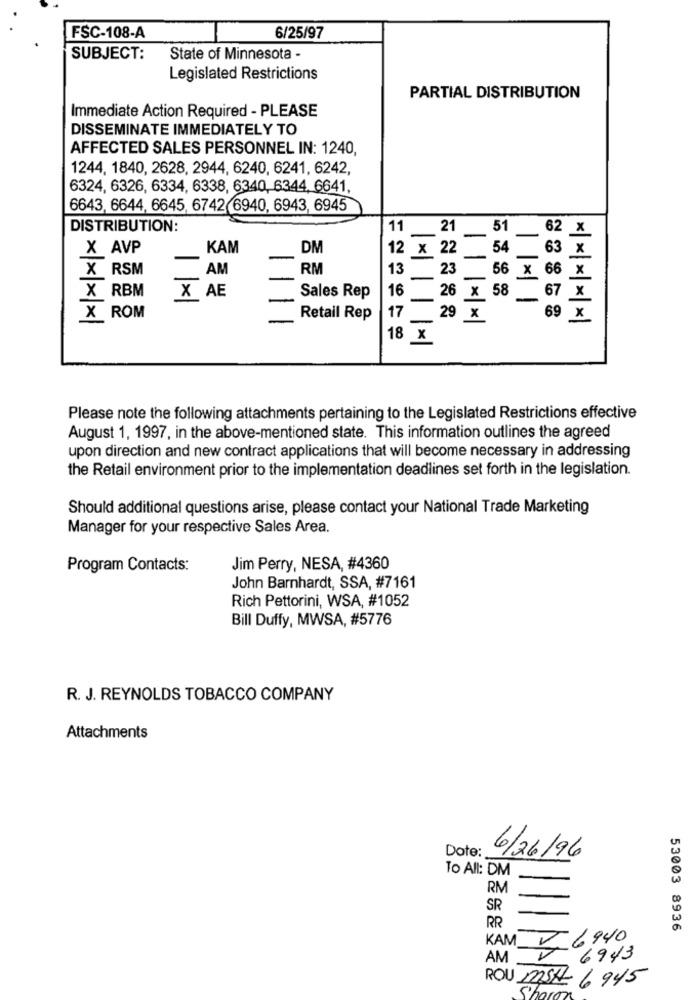
FSC-108-A
6/25/97
SUBJECT:
State of Minnesota -
Legislated Restrictions
PARTIAL DISTRIBUTION
Immediate Action Required - PLEASE
DISSEMINATE IMMEDIATELY TO
AFFECTED SALES PERSONNEL IN: 1240,
1244, 1840, 2628, 2944, 6240, 6241, 6242,
6324, 6326, 6334, 6338, 6340, 6344, 6641,
6643, 6644, 6645, 6742 6940, 6943, 6945
DISTRIBUTION:
11
21
51
62 x
-
X AVP
KAM
DM
12
x 22
54
63
-
X RSM
AM
RM
13
23
66
x
56 x
X AB
16
58
67
X RBM
Sales Rep
26 x
||×1 1
X
17
69
X ROM
Retail Rep
-
29 x
x
* ** |×|*
18
X
Please note the following attachments pertaining to the Legislated Restrictions effective
August 1, 1997, in the above-mentioned state. This information outlines the agreed
upon direction and new contract applications that will become necessary in addressing
the Retail environment prior to the implementation deadlines set forth in the legislation.
Should additional questions arise, please contact your National Trade Marketing
Manager for your respective Sales Area.
Program Contacts:
Jim Perry, NESA, #4360
John Barnhardt, SSA, #7161
Rich Pettorini, WSA, #1052
Bill Duffy, MWSA, #5776
R. J. REYNOLDS TOBACCO COMPANY
Attachments
Dote:
6/26/96
To All: DM
RM
SR
RR
53003 8936
KAM
56940
AM
V 6943
ROU DOSA 6 945